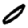
Digit: 0